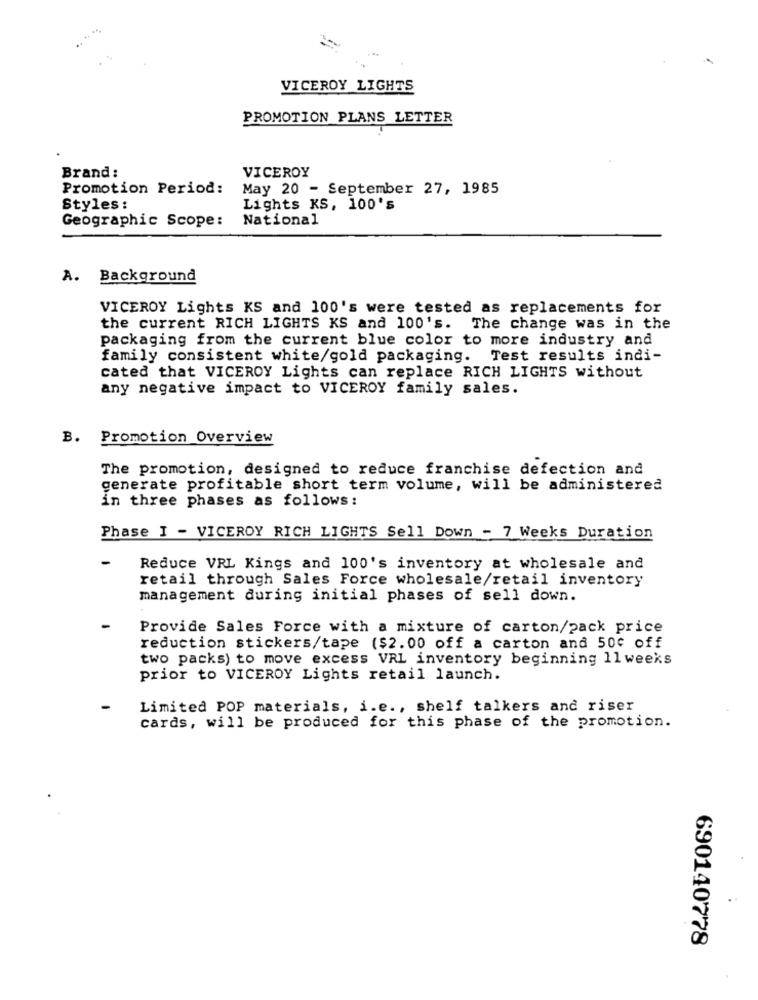
VICEROY LIGHTS
PROMOTION PLANS LETTER
Brand :
VICEROY
Promotion Period:
May 20 - September 27, 1985
Styles :
Lights KS, 100's
Geographic Scope:
National
A. Background
VICEROY Lights KS and 100's were tested as replacements for
the current RICH LIGHTS KS and 100's. The change was in the
packaging from the current blue color to more industry and
family consistent white/gold packaging. Test results indi-
cated that VICEROY Lights can replace RICH LIGHTS without
any negative impact to VICEROY family sales.
B. Promotion Overview
The promotion, designed to reduce franchise defection and
generate profitable short term volume, will be administered
in three phases as follows:
Phase I - VICEROY RICH LIGHTS Sell Down - 7 Weeks Duration
Reduce VRL Kings and 100's inventory at wholesale and
retail through Sales Force wholesale/retail inventory
management during initial phases of sell down.
Provide Sales Force with a mixture of carton/zack price
reduction stickers/tape ($2.00 off a carton and 50¢ off
two packs) to move excess VRL inventory beginning 11weeks
prior to VICEROY Lights retail launch.
Limited POP materials, i.e ., shelf talkers and riser
cards, will be produced for this phase of the promotion.
690140778